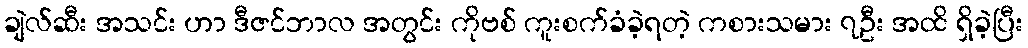
ချဲလ်ဆီး အသင်း ဟာ ဒီဇင်ဘာလ အတွင်း ကိုဗစ် ကူးစက်ခံခဲ့ရတဲ့ ကစားသမား ၇ဦး အထိ ရှိခဲ့ပြီး